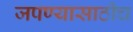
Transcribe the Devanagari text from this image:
जपण्यासाठीच